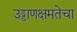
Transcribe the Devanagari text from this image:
उड्डाणक्षमतेचा